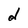
Character: d